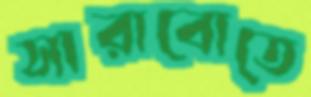
সারাবোতে